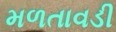
મળતાવડી